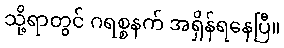
သို့ရာတွင် ဂရစ္စနက် အရှိန်ရနေပြီ။